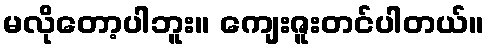
မလိုတော့ပါဘူး။ ကျေးဇူးတင်ပါတယ်။